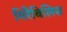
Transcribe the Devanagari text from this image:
मिरैबिलिस